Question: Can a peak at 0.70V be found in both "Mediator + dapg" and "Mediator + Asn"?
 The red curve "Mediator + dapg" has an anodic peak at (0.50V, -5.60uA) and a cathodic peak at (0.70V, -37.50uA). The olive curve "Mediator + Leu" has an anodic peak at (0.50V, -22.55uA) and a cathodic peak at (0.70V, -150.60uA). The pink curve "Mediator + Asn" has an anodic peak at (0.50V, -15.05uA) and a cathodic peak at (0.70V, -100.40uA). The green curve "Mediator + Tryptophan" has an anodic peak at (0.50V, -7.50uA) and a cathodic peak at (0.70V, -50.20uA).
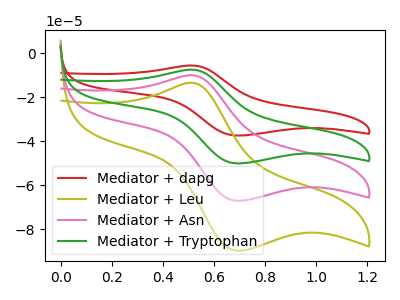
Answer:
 <answer>Yes, "Mediator + dapg" and "Mediator + Asn" share a peak at 0.70V.</answer>
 <eval>match</eval>